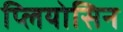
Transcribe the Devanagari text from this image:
प्लियोसिन